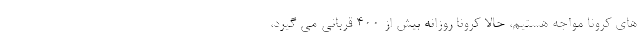
های کرونا مواجه هستیم، حالا کرونا روزانه بیش از ۴۰۰ قربانی می گیرد،